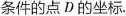
条件的点D的坐标。